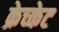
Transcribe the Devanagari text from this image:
क्रेच्केट